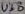
Text: U3B